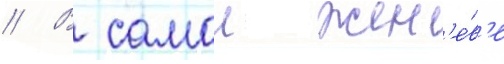
// В самои жен'е́в'е